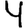
Digit: 4